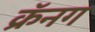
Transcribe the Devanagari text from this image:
क्रॅनग